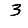
Digit: 3